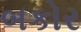
બકોર